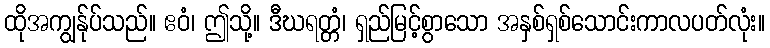
ထိုအကျွန်ုပ်သည်။ ဧဝံ၊ ဤသို့။ ဒီဃရတ္တံ၊ ရှည်မြင့်စွာသော အနှစ်ရှစ်သောင်းကာလပတ်လုံး။